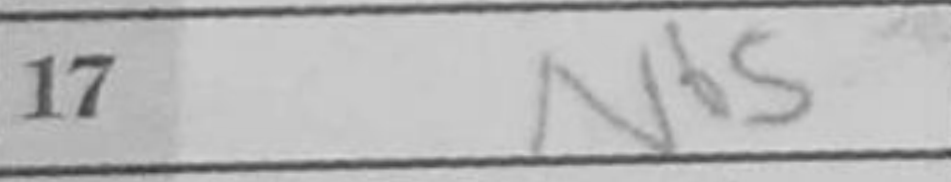
Transcription: Nf5